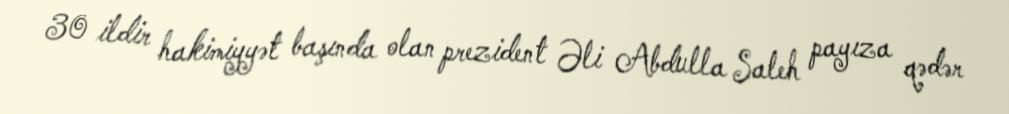
30 ildir hakimiyyət başında olan prezident Əli Abdulla Saleh payıza qədər